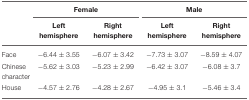
<table><thead><tr><td></td><td colspan="2"><b>Female</b></td><td colspan="2"><b>Male</b></td></tr><tr><td></td><td><b>Left hemisphere</b></td><td><b>Right hemisphere</b></td><td><b>Left hemisphere</b></td><td><b>Right hemisphere</b></td></tr></thead><tbody><tr><td>Face</td><td>−6.44 ± 3.55</td><td>−6.07 ± 3.42</td><td>−7.73 ± 3.07</td><td>−8.59 ± 4.07</td></tr><tr><td>Chinese character</td><td>−5.62 ± 3.03</td><td>−5.23 ± 2.99</td><td>−6.42 ± 3.07</td><td>−6.08 ± 3.7</td></tr><tr><td>House</td><td>−4.57 ± 2.76</td><td>−4.28 ± 2.67</td><td>−4.95 ± 3.1</td><td>−5.46 ± 3.4</td></tr></tbody></table>